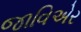
જાવિએર